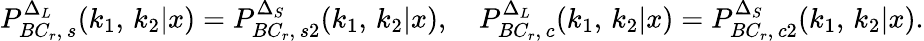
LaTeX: P_{BC_{r},\, s}^{\Delta_{L}}(k_{1},\, k_{2}|x)=P_{BC_{r},\, s2}^{\Delta_{S}}(k_{1},\, k_{2}|x),\quad P_{BC_{r},\, c}^{\Delta_{L}}(k_{1},\, k_{2}|x)=P_{BC_{r},\, c2}^{\Delta_{S}}(k_{1},\, k_{2}|x).